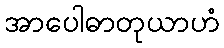
အာပေါဓာတုယာဟံ